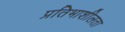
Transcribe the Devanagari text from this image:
प्रतिभाशीलता